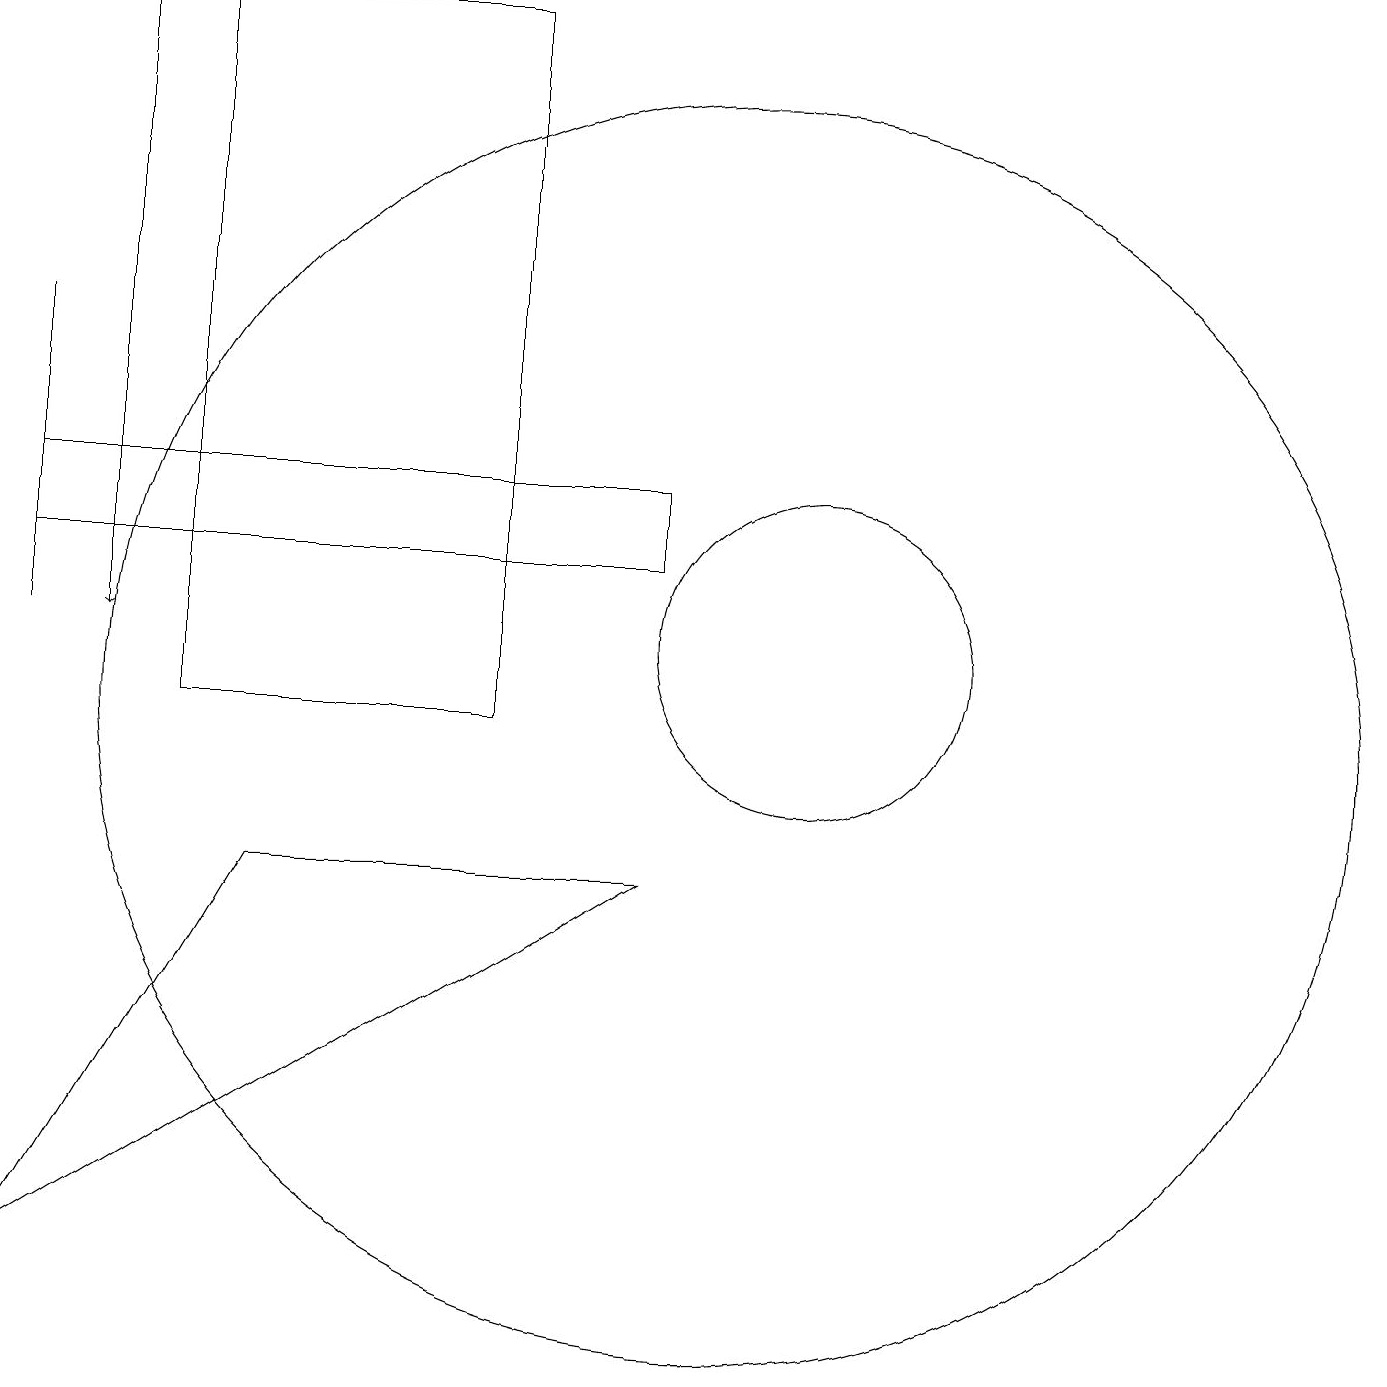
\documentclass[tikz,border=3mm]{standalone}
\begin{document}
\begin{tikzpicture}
\draw (9,8) -- (1,3) -- (4,8) -- cycle;
\draw (9,12) rectangle (1,13);
\draw (3,10) rectangle (7,19);
\draw (11,11) circle (2);
\draw (10,10) circle (8);
\draw (1,11) rectangle (1,15);
\draw[->] (2,19) -- (2,11);
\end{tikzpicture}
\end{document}